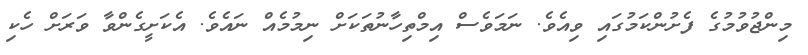
މިންޖުވުމުގެ ފެށުންކަމުގައި ވިއެވެ. ނަމަވެސް އިމްތިހާނުތަކަށް ނިމުމެއް ނައެވެ. އެކަށީގެންވާ ވަރަށް ހެކި